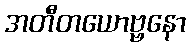
အတီတယောဗ္ဗနော